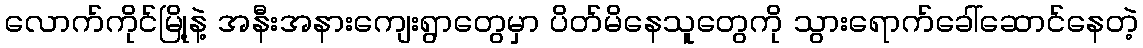
လောက်ကိုင်မြို့နဲ့ အနီးအနားကျေးရွာတွေမှာ ပိတ်မိနေသူတွေကို သွားရောက်ခေါ်ဆောင်နေတဲ့